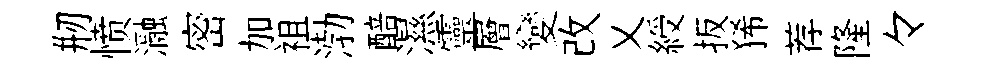
剏愤瀜密加袓渤醅濕靈層變改乂綬扳狶荐隆々